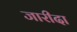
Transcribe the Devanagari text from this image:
जारीदा